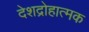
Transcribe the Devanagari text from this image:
देशद्रोहात्मक